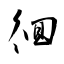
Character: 徊